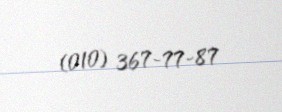
(010) 367-77-87